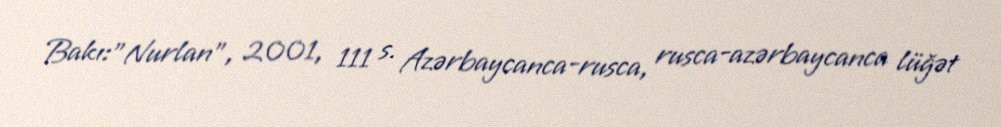
Bakı:"Nurlan", 2001, 111 s. Azərbaycanca-rusca, rusca-azərbaycanca lüğət